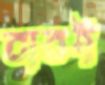
বাবই